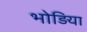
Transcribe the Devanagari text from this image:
भोड़िया